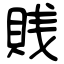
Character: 賎